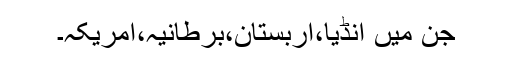
جن میں انڈیا،اربستان،برطانیہ،امریکہ۔